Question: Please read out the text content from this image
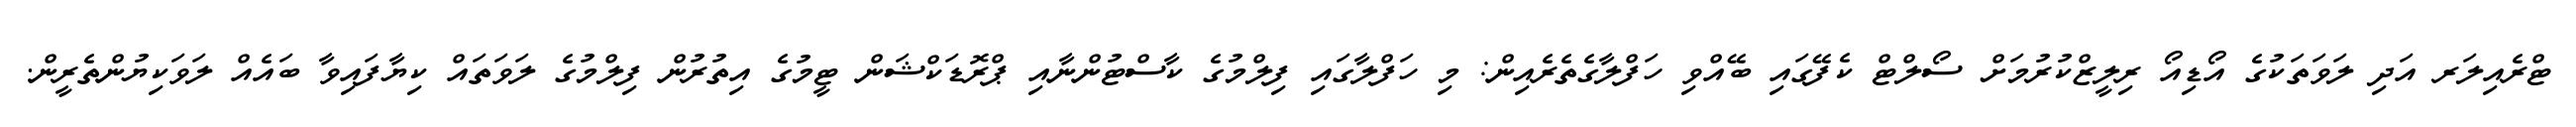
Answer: ޓްރެއިލަރ އަދި ލަވަތަކުގެ އޯޑިއޯ ރިލީޒްކުރުމަށް ސޯލްޓް ކެފޭގައި ބޭއްވި ހަފްލާގެތެރެއިން: މި ހަފްލާގައި ފިލްމުގެ ކާސްޓުންނާއި ޕްރޮޑަކްޝަން ޓީމުގެ އިތުރުން ފިލްމުގެ ލަވަތައް ކިޔާފައިވާ ބައެއް ލަވަކިޔުންތެރީން.